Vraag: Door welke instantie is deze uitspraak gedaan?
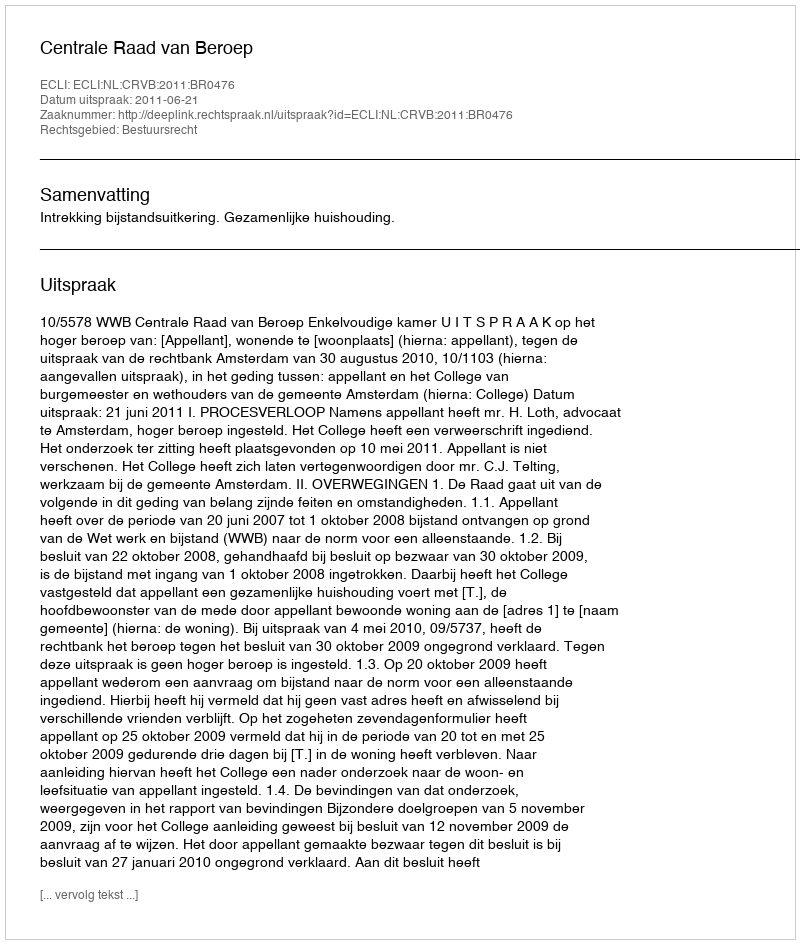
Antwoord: Centrale Raad van Beroep